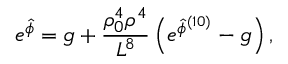
{ e ^ { \hat { \phi } } = g + { \frac { \rho _ { 0 } ^ { 4 } \rho ^ { 4 } } { L ^ { 8 } } } \left( e ^ { \hat { \phi } ^ { ( 1 0 ) } } - g \right) , }